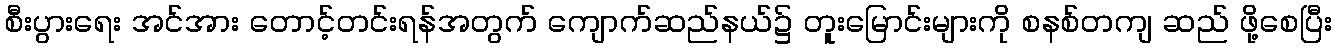
စီးပွားရေး အင်အား တောင့်တင်းရန်အတွက် ကျောက်ဆည်နယ်၌ တူးမြောင်းများကို စနစ်တကျ ဆည် ဖို့စေပြီး